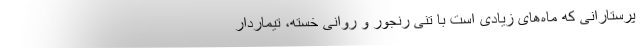
پرستارانی که ماه‌های زیادی است با تنی رنجور و روانی خسته، تیماردار